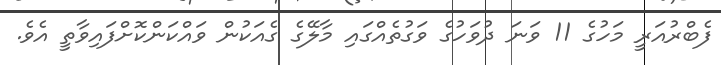
ފެބްރުއަރީ މަހުގެ 11 ވަނަ ދުވަހުގެ ވަގުތެއްގައި މާލޭގެ ގެއަކުން ވައްކަންކޮށްފައިވާތީ އެވެ.